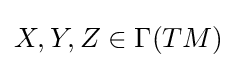
X,Y,Z\in \Gamma (TM)